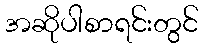
အဆိုပါစာရင်းတွင်